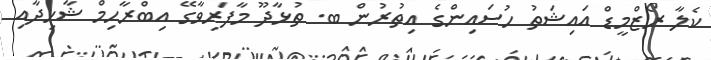
ކެލާ ރޯޒްމީޑް އައިޝަތު ހުސައިންގެ އިތުރުން ބ. ތުޅާދޫ މާފަރިވާގޭ އިބްރާހިމް ޝާހިދާއި